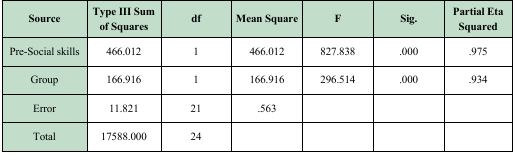
<table><thead><tr><td><b>Source</b></td><td><b>Type III Sum of Squares</b></td><td><b>df</b></td><td><b>Mean Square</b></td><td><b>F</b></td><td><b>Sig.</b></td><td><b>Partial Eta Squared</b></td></tr><tr><td><b>Pre-Social skills</b></td><td><b>466.012</b></td><td><b>1</b></td><td><b>466.012</b></td><td><b>827.838</b></td><td><b>.000</b></td><td><b>.975</b></td></tr><tr><td><b>Group</b></td><td><b>166.916</b></td><td><b>1</b></td><td><b>166.916</b></td><td><b>296.514</b></td><td><b>.000</b></td><td><b>.934</b></td></tr><tr><td><b>Error</b></td><td><b>11.821</b></td><td><b>21</b></td><td><b>.563</b></td><td></td><td></td><td></td></tr></thead><tbody><tr><td>Total</td><td>17588.000</td><td>24</td><td></td><td></td><td></td><td></td></tr></tbody></table>